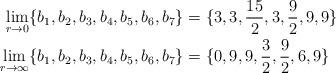
LaTeX: \begin{align*} \lim_{r\to 0} \{b_{1},b_{2},b_{3},b_{4},b_{5},b_{6},b_{7}\} &= \{3,3,\frac{15}{2},3,\frac{9}{2},9,9\} \\ \lim_{r\to \infty} \{b_{1},b_{2},b_{3},b_{4},b_{5},b_{6},b_{7}\} &= \{0,9,9,\frac{3}{2},\frac{9}{2},6,9\}\end{align*}